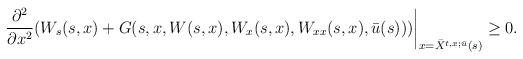
\begin{align*}\left. \frac{\partial^{2}}{\partial x^{2}}(W_{s}(s,x)+G(s,x,W(s,x),W_{x}(s,x),W_{xx}(s,x),\bar{u}(s)))\right\vert _{x=\bar{X}^{t,x;\bar{u}}(s)}\geq0.\end{align*}